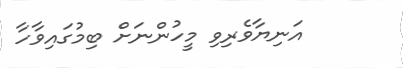
އަނިޔާވެރިވި މީހުންނަށް ބިމުގައިވާހާ